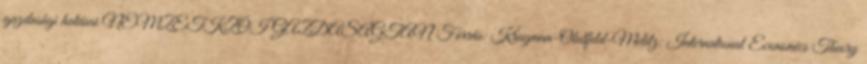
gazdasági hatásai NEMZETKZÖI GAZDASÁGTAN Forrás: Krugman-Obstfeld-Melitz: International Economics Theory